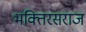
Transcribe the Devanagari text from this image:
भक्तिरसराज